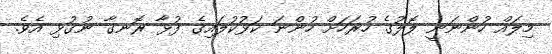
މިލައް ހުންނަނީ ލޮލުގެ ހުރަހަށް ހުންނަ ކަޅުކުލައިގެ ފުޅާ ރޮނގާ ނުގުޅި އެވެ.